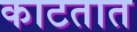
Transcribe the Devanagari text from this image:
काटतात